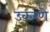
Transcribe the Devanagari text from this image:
उकरणे